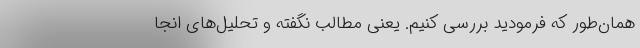
همان‌طور که فرمودید بررسی کنیم. یعنی مطالب نگفته و تحلیل‌های انجا